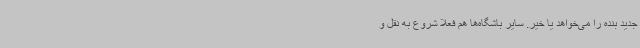
جدید بنده را می‌خواهد یا خیر. سایر باشگاه‌ها هم فعلا شروع به نقل و